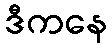
ဒီကနေ